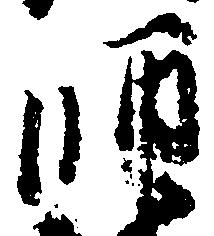
師